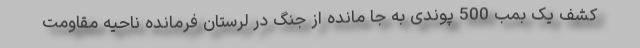
کشف یک بمب 500 پوندی به جا مانده از جنگ در لرستان فرمانده ناحیه مقاومت